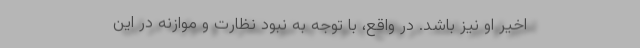
اخیر او نیز باشد. در واقع، با توجه به نبود نظارت و موازنه در این